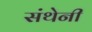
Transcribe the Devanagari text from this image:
संथेनी